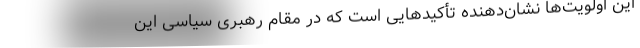
این اولویت‌ها نشان‌دهنده تأکیدهایی است که در مقام رهبری سیاسی این